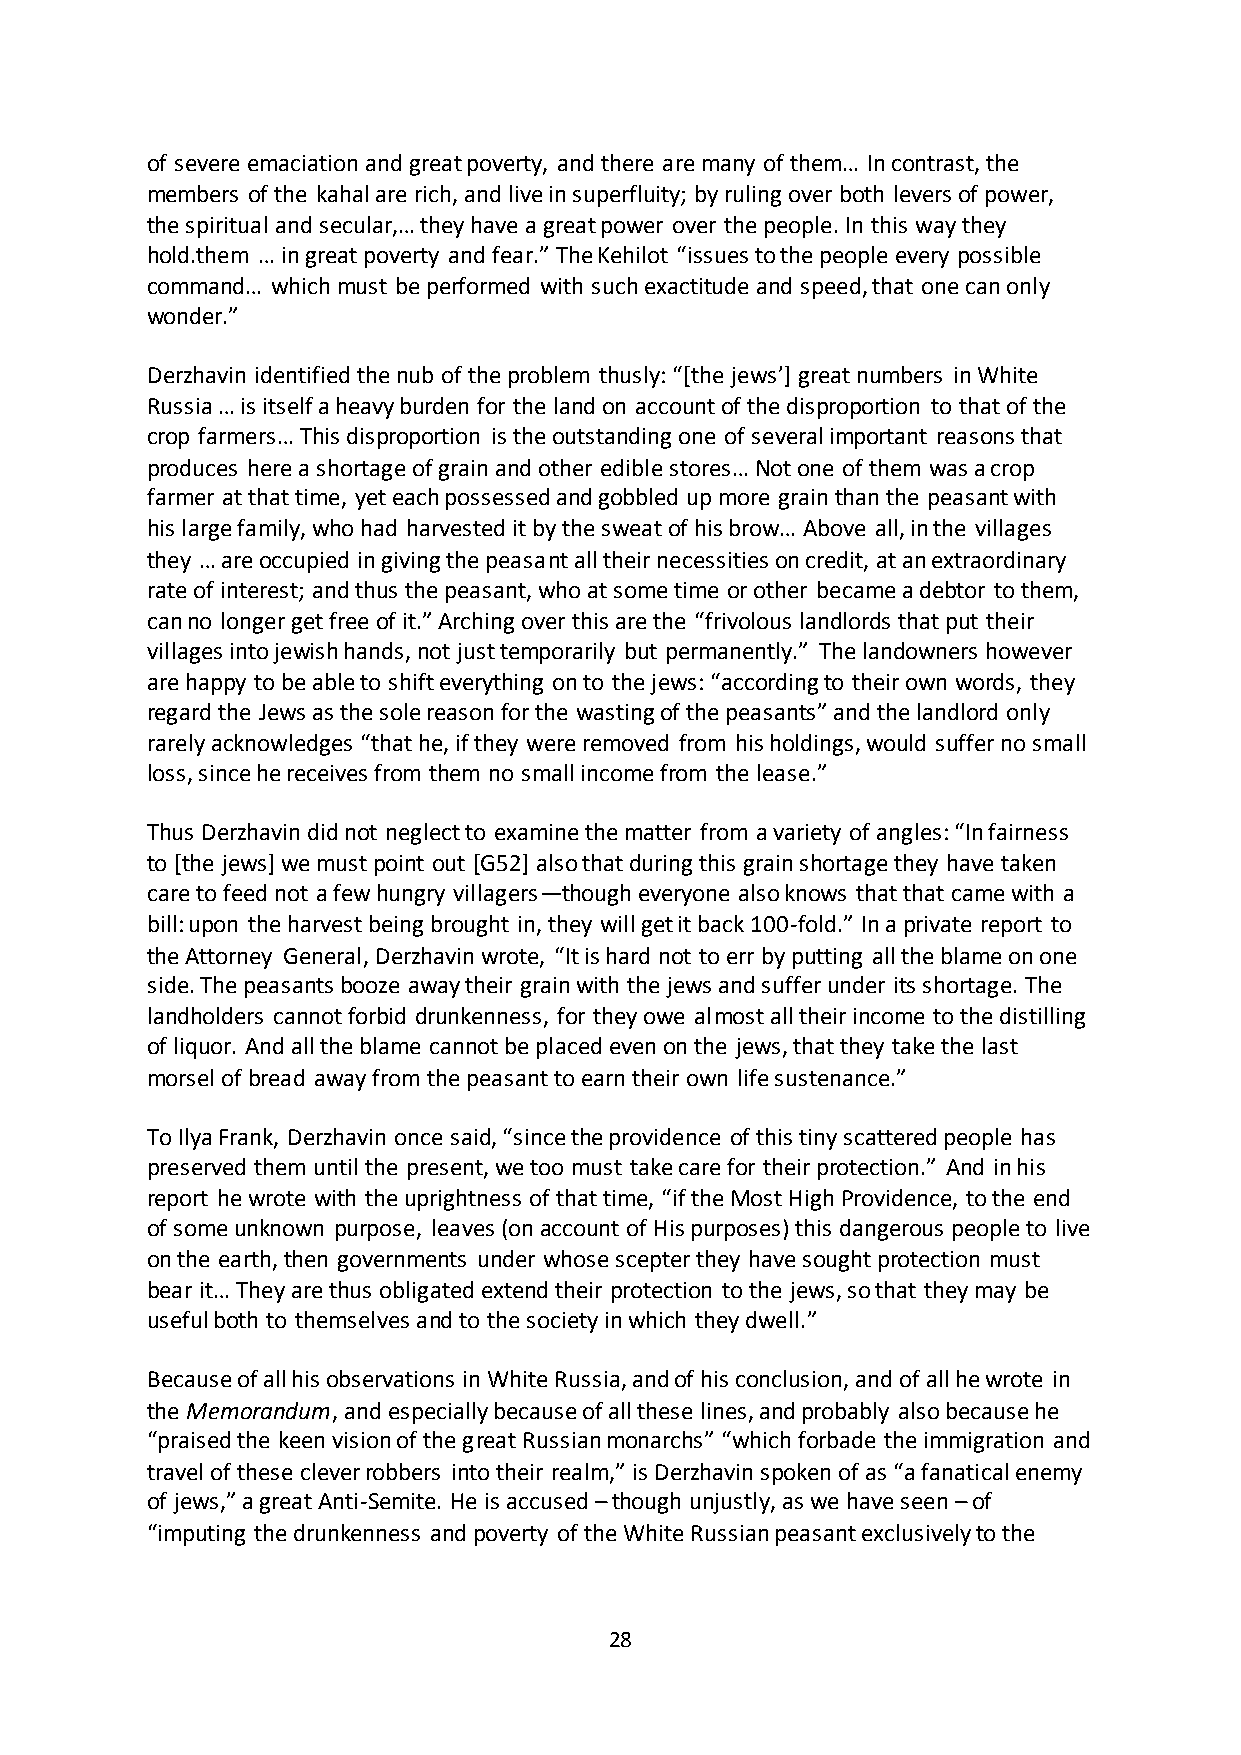
of severe emaciation and great poverty, and there are many of them… In contrast, the
 members of the kahal are rich, and live in superfluity; by ruling over both levers of power,
 the spiritual and secular,… they have a great power over the people. In this way they
 hold.them … in great poverty and fear.” The Kehilot “issues to the people every possible
 command… which must be performed with such exactitude and speed, that one can only
 wonder.”
 Derzhavin identified the nub of the problem thusly: “*the jews’+ great numbers in White
 Russia … is itself a heavy burden for the land on account of the disproportion to that of the
 crop farmers… This disproportion is the outstanding one of several important reasons that
 produces here a shortage of grain and other edible stores… Not one of them was a crop
 farmer at that time, yet each possessed and gobbled up more grain than the peasant with
 his large family, who had harvested it by the sweat of his brow… Above all, in the villages
 they … are occupied in giving the peasant all their necessities on credit, at an extraordinary
 rate of interest; and thus the peasant, who at some time or other became a debtor to them,
 can no longer get free of it.” Arching over this are the “frivolous landlords that put their
 villages into jewish hands, not just temporarily but permanently.” The landowners however
 are happy to be able to shift everything on to the jews: “according to their own words, they
 regard the Jews as the sole reason for the wasting of the peasants” and the landlord only
 rarely acknowledges “that he, if they were removed from his holdings, would suffer no small
 loss, since he receives from them no small income from the lease.”
 Thus Derzhavin did not neglect to examine the matter from a variety of angles: “In fairness
 to [the jews] we must point out [G52] also that during this grain shortage they have taken
 care to feed not a few hungry villagers—though everyone also knows that that came with a
 bill: upon the harvest being brought in, they will get it back 100-fold.” In a private report to
 the Attorney General, Derzhavin wrote, “It is hard not to err by putting all the blame on one
 side. The peasants booze away their grain with the jews and suffer under its shortage. The
 landholders cannot forbid drunkenness, for they owe almost all their income to the distilling
 of liquor. And all the blame cannot be placed even on the jews, that they take the last
 morsel of bread away from the peasant to earn their own life sustenance.”
 To Ilya Frank, Derzhavin once said, “since the providence of this tiny scattered people has
 preserved them until the present, we too must take care for their protection.” And in his
 report he wrote with the uprightness of that time, “if the Most High Providence, to the end
 of some unknown purpose, leaves (on account of His purposes) this dangerous people to live
 on the earth, then governments under whose scepter they have sought protection must
 bear it… They are thus obligated extend their protection to the jews, so that they may be
 useful both to themselves and to the society in which they dwell.”
 Because of all his observations in White Russia, and of his conclusion, and of all he wrote in
 the Memorandum, and especially because of all these lines, and probably also because he
 “praised the keen vision of the great Russian monarchs” “which forbade the immigration and
 travel of these clever robbers into their realm,” is Derzhavin spoken of as “a fanatical enemy
 of jews,” a great Anti-Semite. He is accused – though unjustly, as we have seen – of
 “imputing the drunkenness and poverty of the White Russian peasant exclusively to the
 28